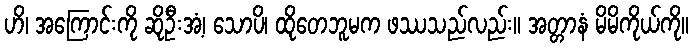
ဟိ၊ အကြောင်းကို ဆိုဦးအံ့၊ သောပိ၊ ထိုတေဘူမက ဖဿသည်လည်း။ အတ္တာနံ မိမိကိုယ်ကို။